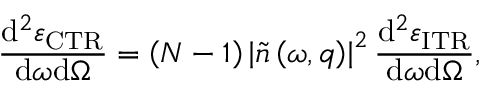
\frac { \mathrm { d } ^ { 2 } \varepsilon _ { \mathrm { C T R } } } { \mathrm { d } \omega \mathrm { d } \Omega } = \left( N - 1 \right) \left| \tilde { n } \left( \omega , \boldsymbol { q } \right) \right| ^ { 2 } \frac { \mathrm { d } ^ { 2 } \varepsilon _ { \mathrm { I T R } } } { \mathrm { d } \omega \mathrm { d } \Omega } ,